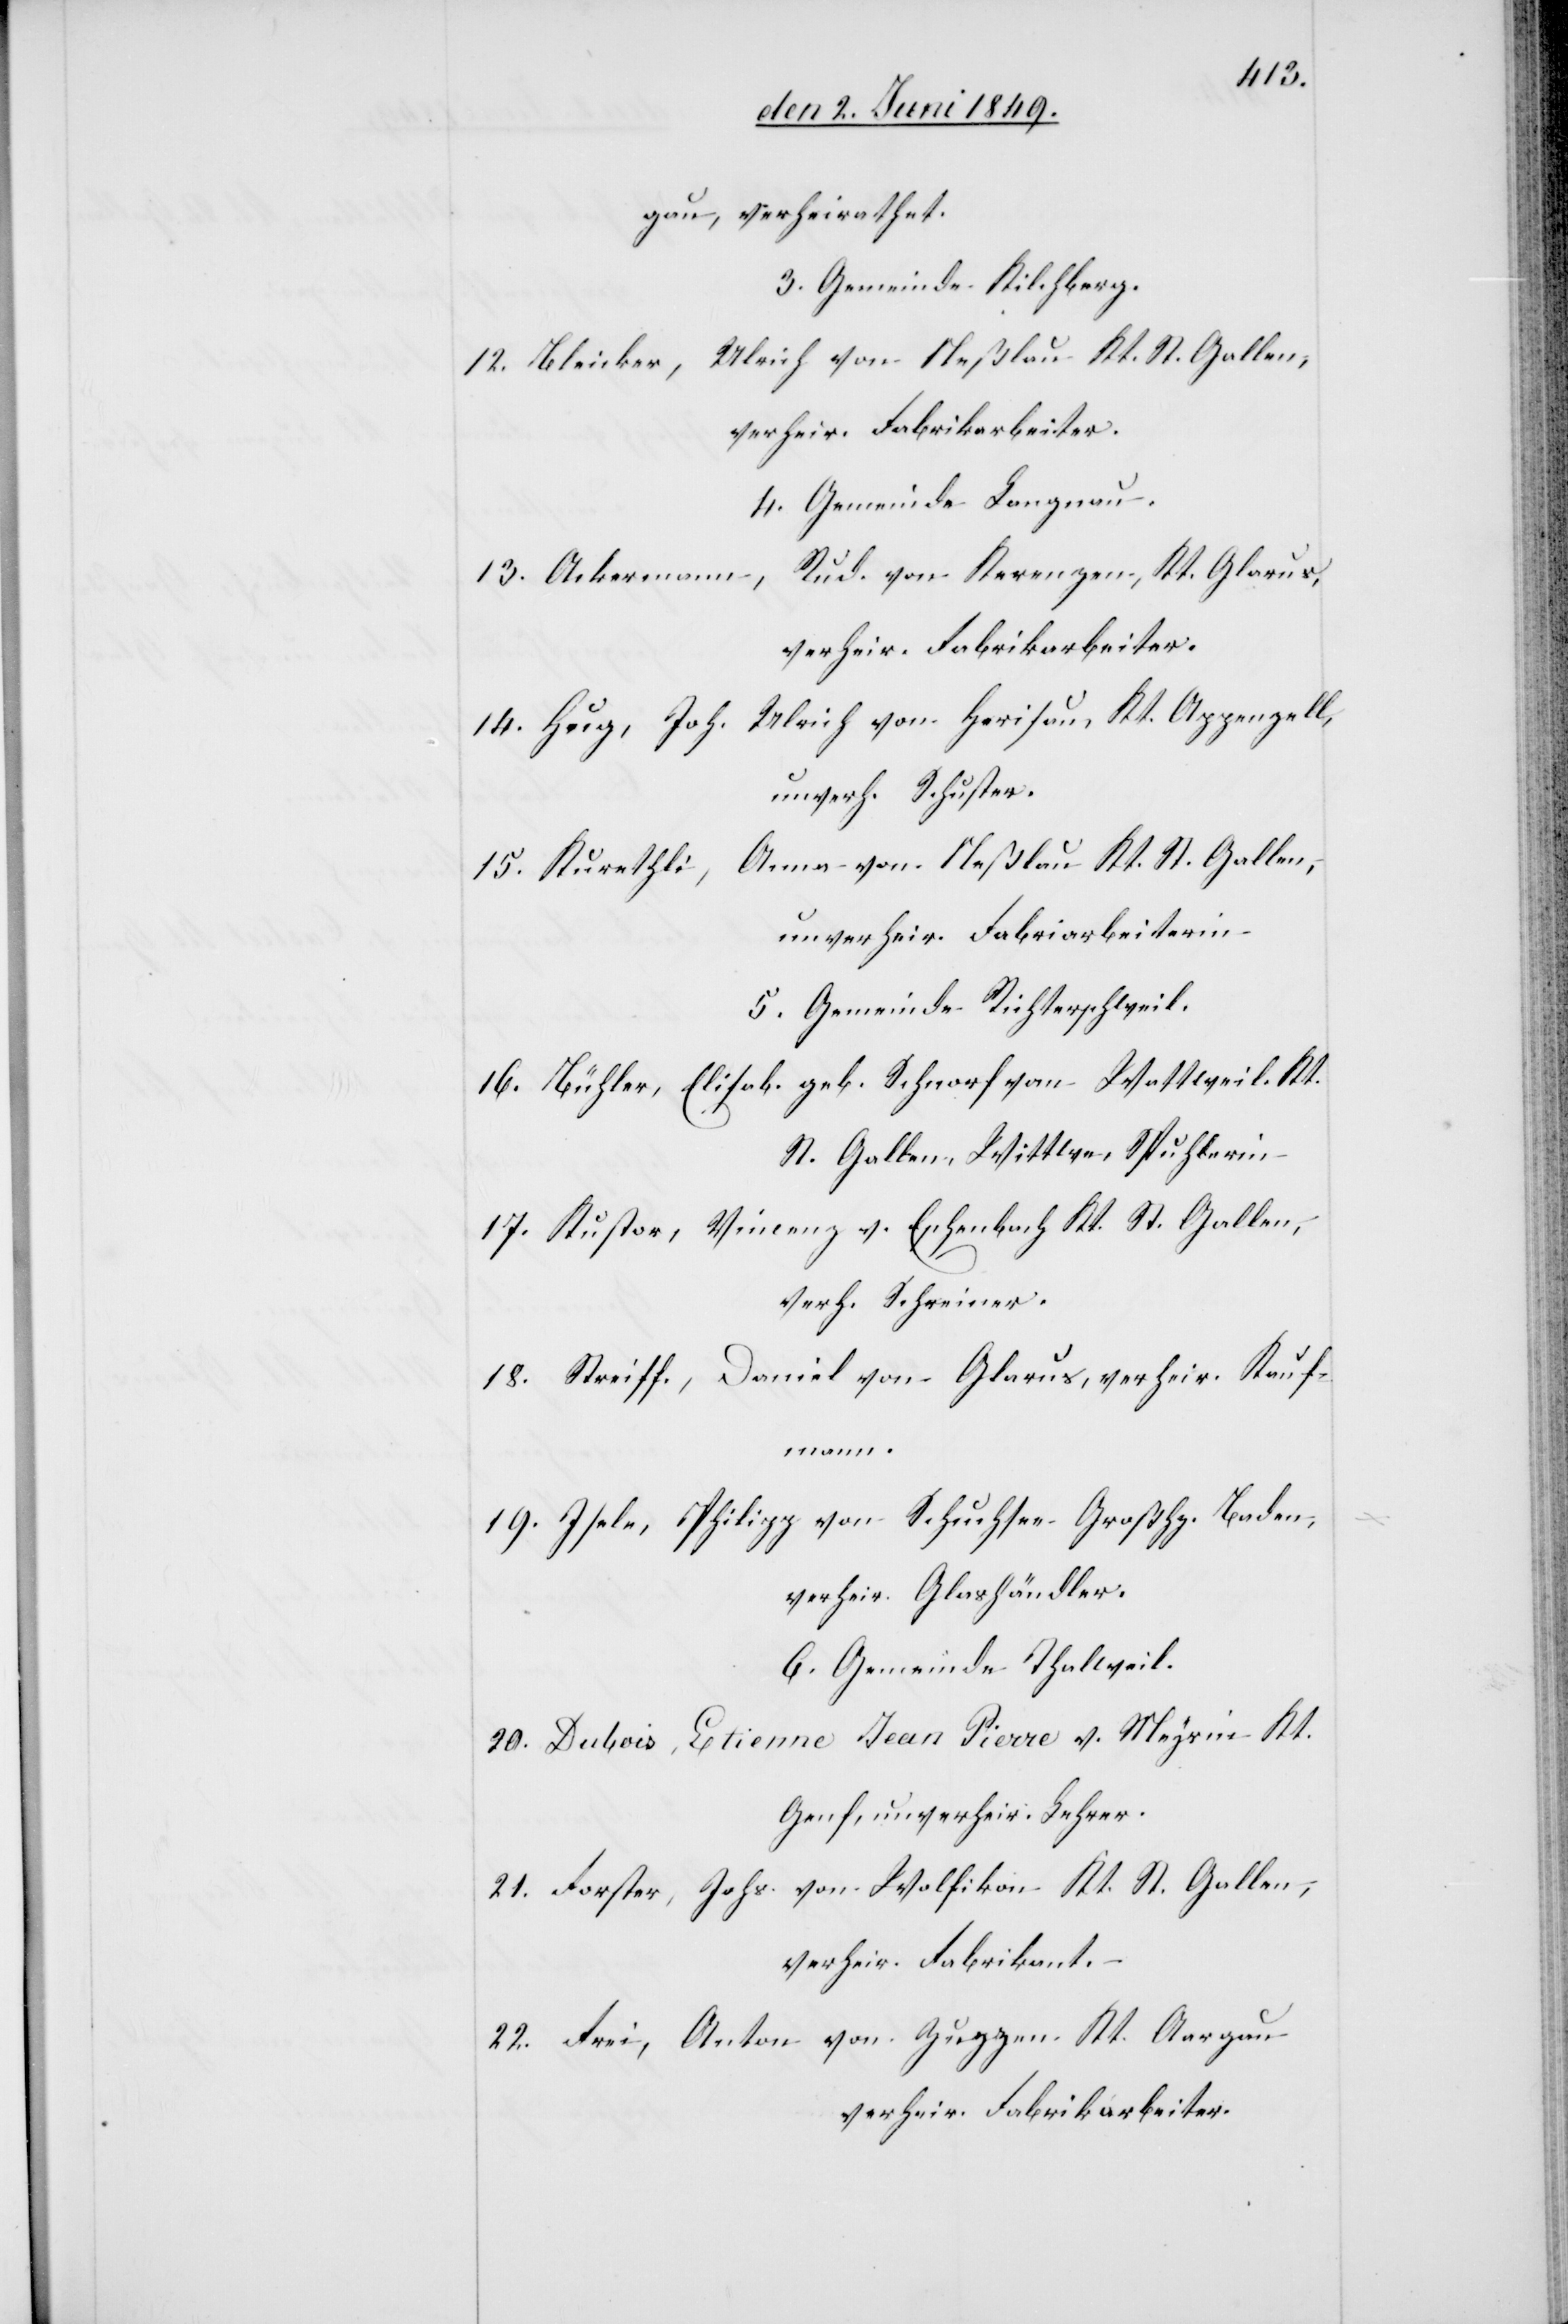
gau, verheirathet.
3. Gemeinde Kilchberg.
Ulrich von Neßlau Kt. St. Gallen,
12. Bleicker,
verheir. Fabrikarbeiter.
4. Gemeinde Langnau.
Rud. von Kerenzen, Kt. Glarus,
13. Ackermann,
Ulrich von Herisau, Kt. Appenzell,
14. Hug, Joh.
unverh. Schuster.
Anna von Neßlau Kt. St. Gallen,
15. Kurethli,
unverheir. Fabrikarbeiterin
5. Gemeinde Richterschweil.
16. Bühler, Elisab. geb. Schnorf von Wattweil, Kt.
St. Gallen, Wittwe, Spuhlerin
17. Kustor, Vincenz v. Eschenbach Kt. St. Gallen,
verh. Schreiner.
18. Streiff., Daniel von Glarus, verheir. Kauf¬
mann.
19. Isele, Philipp von Schuchsee Großhz. Baden,
verheir. Glashändler.
6. Gemeinde Thalweil.
20. Dubois, Etienne Jean Pierre v. Meyr im Kt.
Genf, unverheir. Lehrer.
21. Forster, Johs. von Wolfikon Kt. St. Gallen,
verheir. Fabrikant.
22. Frei, Anton von Zuggen Kt. Aargau
verheir. Fabrikarbeiter.